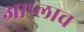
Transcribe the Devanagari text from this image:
आप्लाव